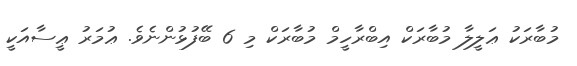
މުބާރަކު ޢަލީލާ މުބާރަކް އިބްރާހީމް މުބާރަކް މި 6 ބޭފުޅުންނެވެ. ޢުމަރު ޢީސާއަކީ